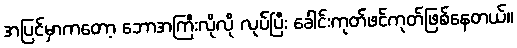
အပြင်မှာကတော့ ဘောအကြီးလိုလို လုပ်ပြီး ခေါင်းကုတ်ဖင်ကုတ်ဖြစ်နေတယ်။